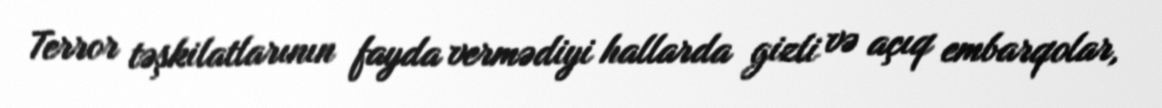
Terror təşkilatlarının fayda vermədiyi hallarda gizli və açıq embarqolar,